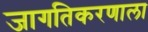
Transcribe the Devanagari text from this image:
जागतिकरणाला